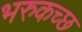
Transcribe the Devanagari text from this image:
भरुकच्छ